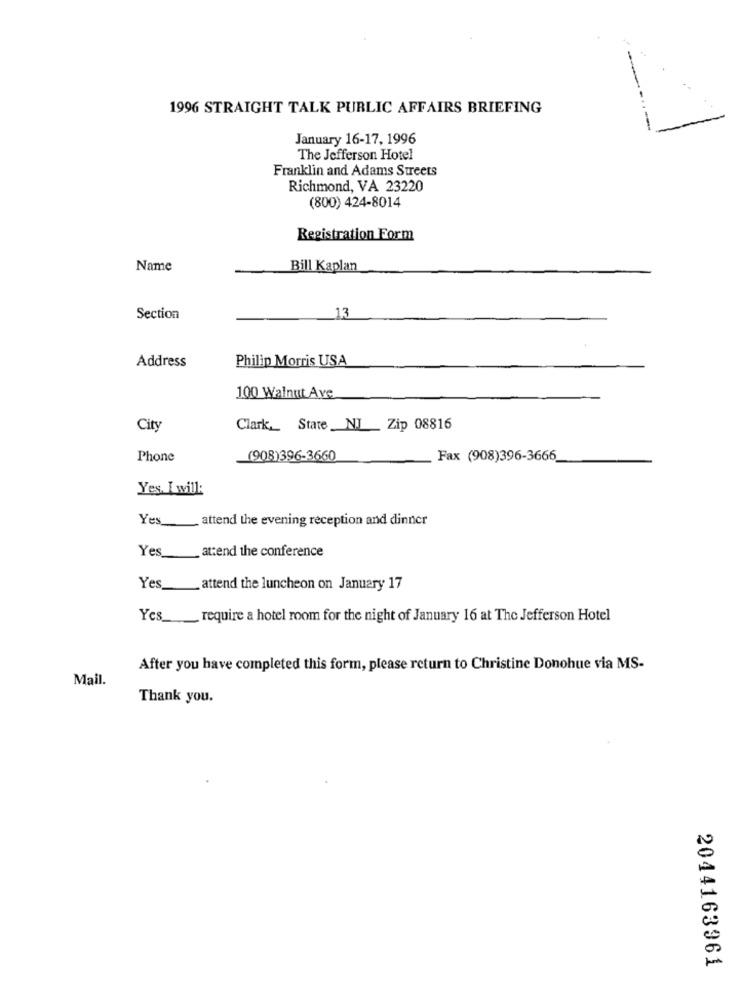
1996 STRAIGHT TALK PUBLIC AFFAIRS BRIEFING
-
January 16-17, 1996
The Jefferson Hotel
Franklin and Adams Streets
Richmond, VA 23220
(800) 424-8014
Registration Form
Name
Bill Kaplan
Section
13
Philip Morris USA
Address
100 Walnut Ave
City
Clark_ State NI Zip 08816
Phone
(908)396-3660
Fax (908)396-3666
Yes. I will:
Yes attend the evening reception and dinner
attend the conference
Yes
Yes
attend the luncheon on January 17
Yes __ require a hotel room for the night of January 16 at The Jefferson Hotel
After you have completed this form, please return to Christine Donohue via MS-
Mail.
Thank you.
2044163961